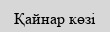
Қайнар көзі